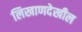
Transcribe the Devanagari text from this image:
लिखाणदेखील